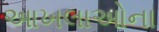
આખલાઓના